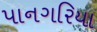
પાનગરિયા